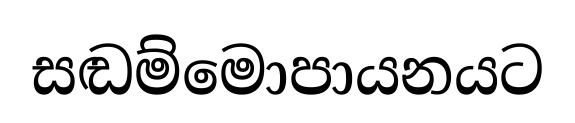
සඬම්මොපායනයට